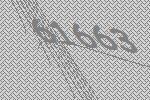
61663